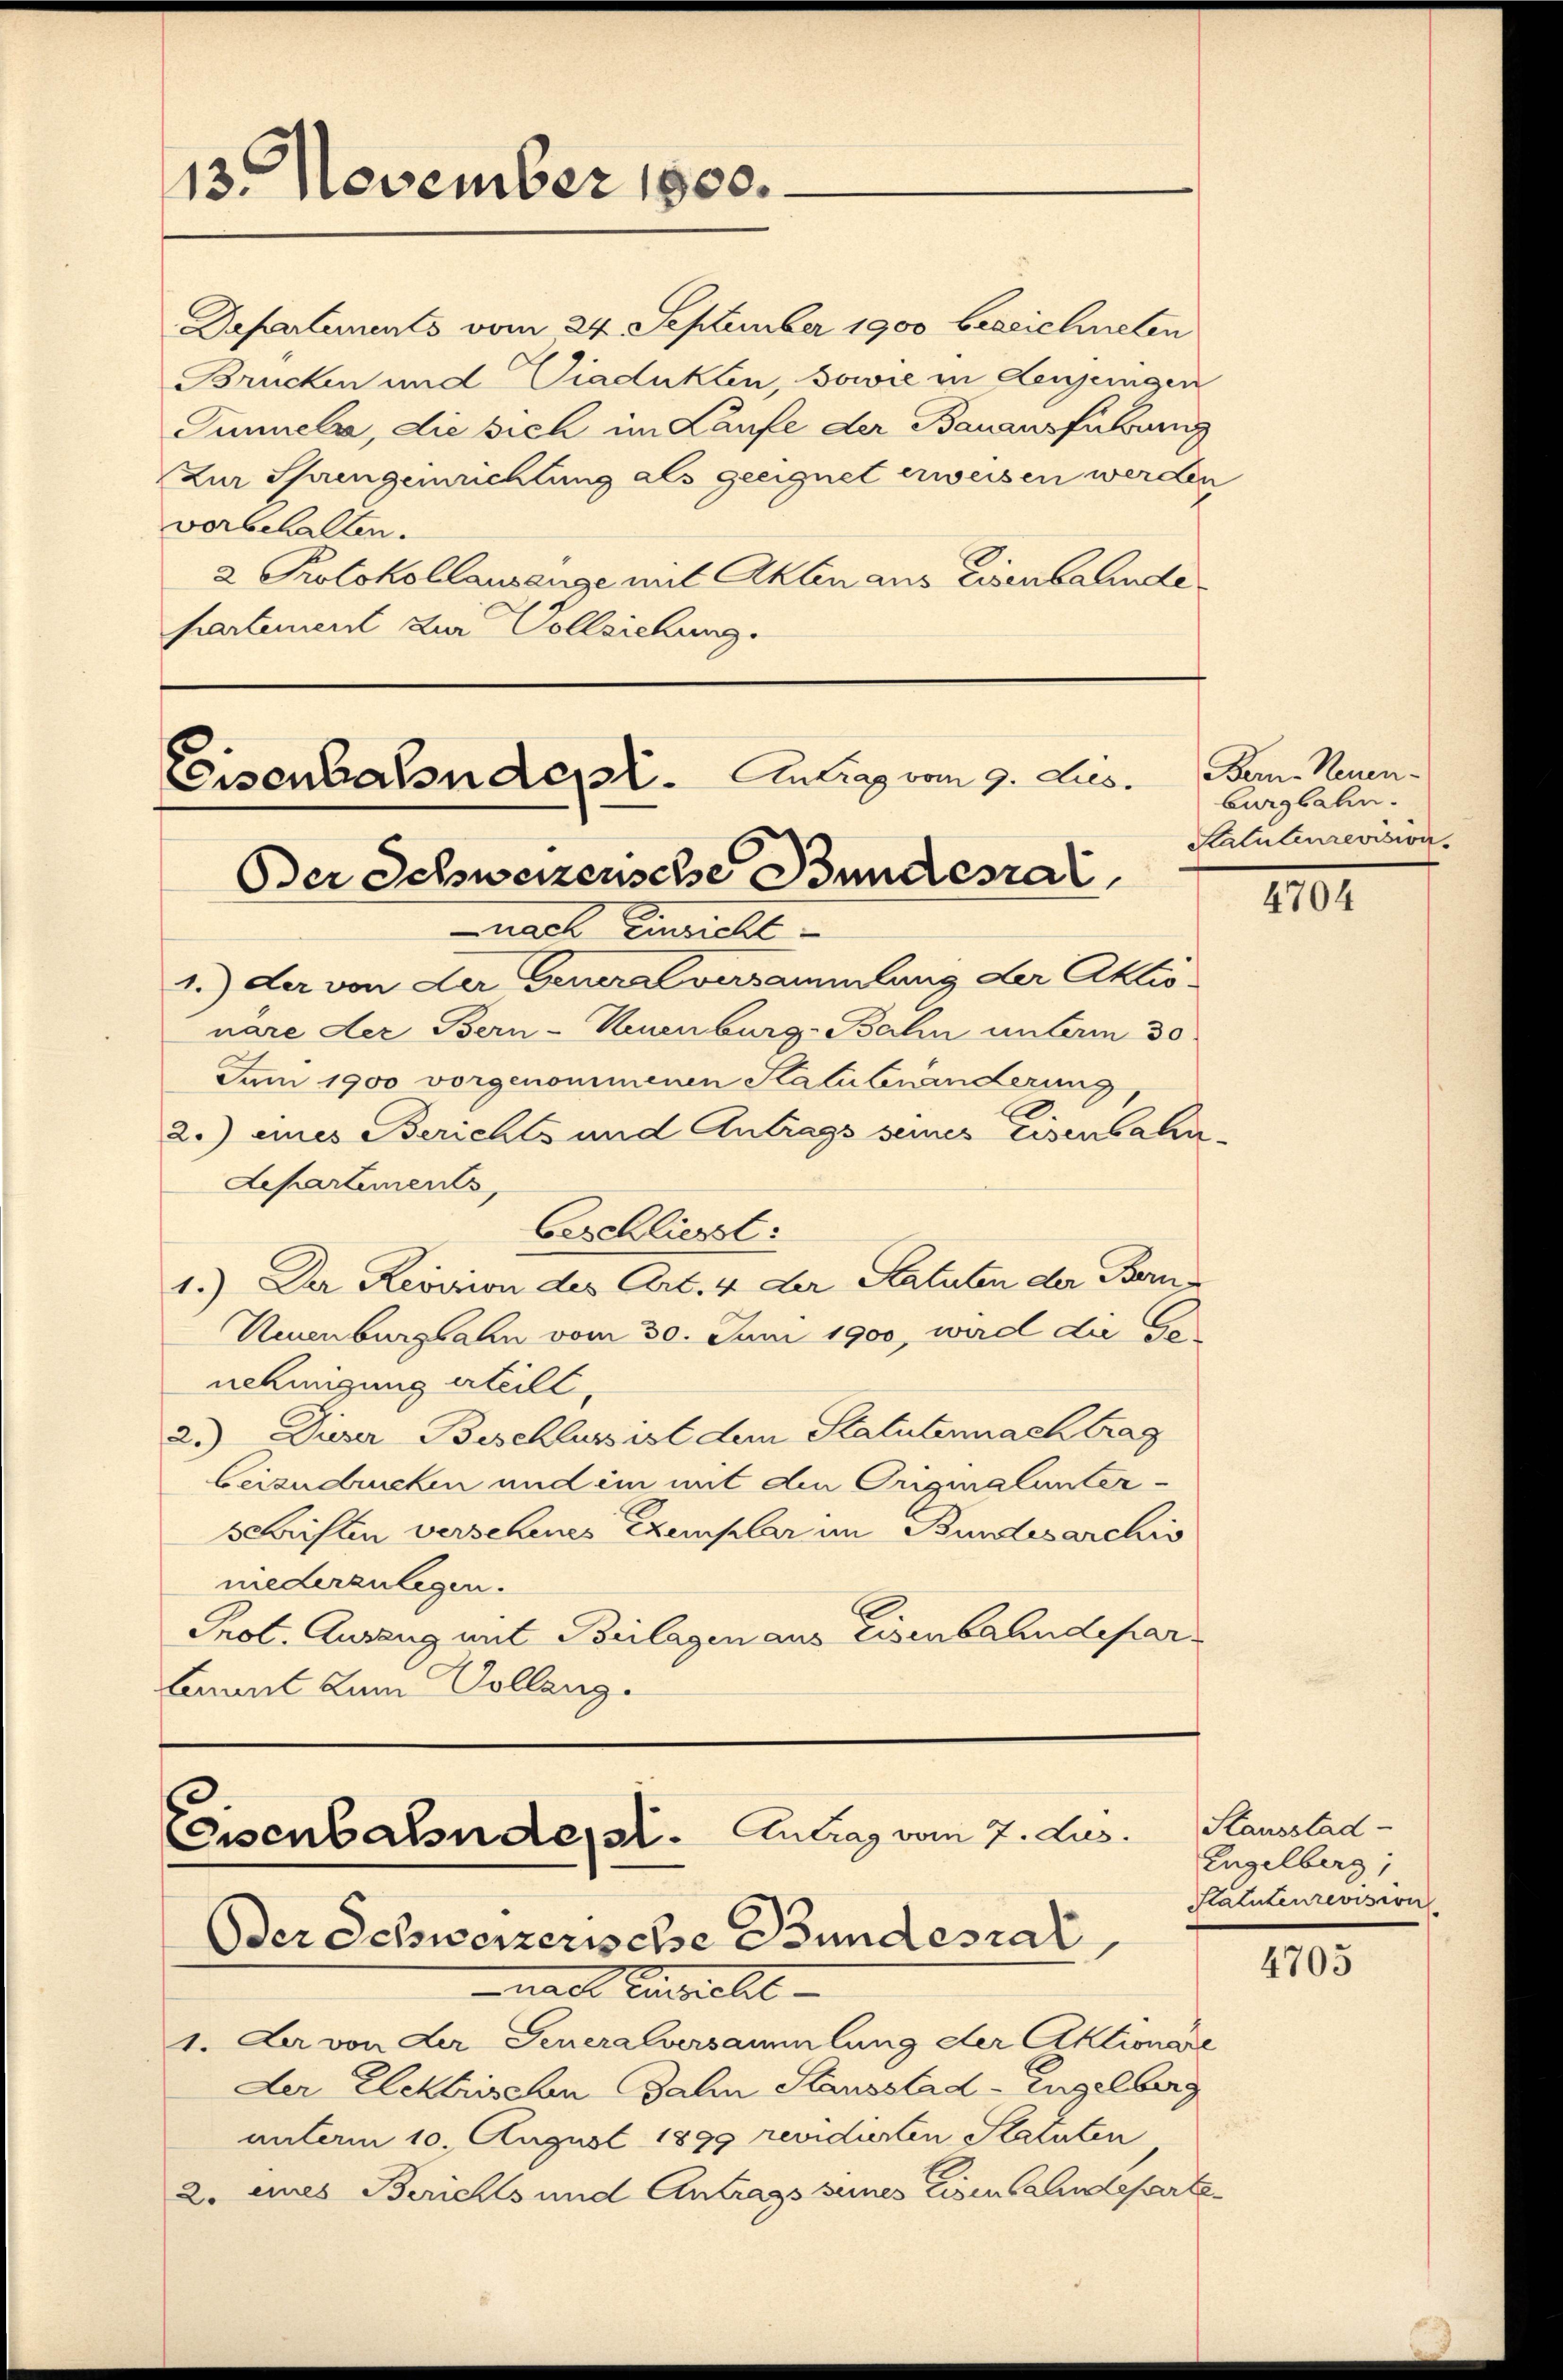
13. November 1800.

Departements vom 24. September 1900 bezeichneten
Brucken und Viadukten, sowie in denjenigen
Tunnels, die sich im Laufe der Bauausführung
Zur Sprengemachtung als geeignet erweisen werden
vorbehalten.
2 Protokollausenge mit Akten aus Eisenbahnde
partement zur Vollziehung.

Eisenbalsnde. Antrag vom 9. Jus
Oder Schweizensche Bundesrat

nach Einzielt
1.) Der von der Generalversammlung der Aktionare der Bern-Keuenburg-Bahn unterm 30
Juni 1900 vorgenommenen Statutenänderung
2.) eines Berichts und Antrags seines Eisenbahn-
Aepartements,
beschließt:
1.) Der Revision des Art. 4 der Katuten der Bern
Neuenburgsahn vom 30. Juni 1900, wird da Go
nehingung erteilt,
2.) Dieser Beschluss ist dem Statutennachtrag
beizudrucken und im mit den Originalunter-
schriften verschenes Exemplar im Bundesarchiv
niederanlagen.
E
Prot. Ausang mit Beilagen aus Eisenbahndepar
bannt zum Collang.

Eisenbahndesst. Antrag vom 7. Jus
Oder Schweizerische Bundesrat

nach Einriclit-
1. La von der Feueralversammlung der Aktionare
Der Elektrischen Jahn Stausstad-Engelberg
unterm 10. August 1899 revidierten Statuten
2. eines Berichts und Antrags seines Eisenbahndeparte

Bern. Neuen-
burgbahn.
Statutenrevision

4704

Stausstad
Engelberg,
Statutenrevision

4703